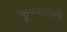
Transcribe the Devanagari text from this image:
कुण्डलिनि